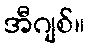
အီဂျစ်။